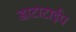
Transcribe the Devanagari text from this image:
डाटाटाईप